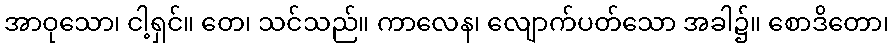
အာဝုသော၊ ငါ့ရှင်။ တေ၊ သင်သည်။ ကာလေန၊ လျောက်ပတ်သော အခါ၌။ စောဒိတော၊